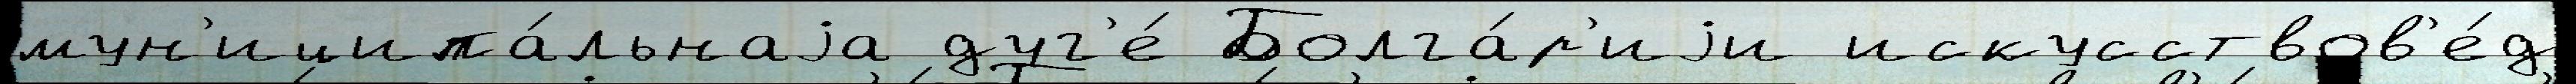
мун'иципа́льнаjа дуг'е́ Болга́р'иjи искусствов'е́д